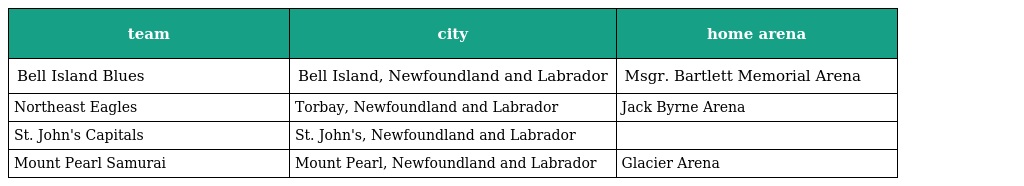
| team | city | home arena |
 | --- | --- | --- |
 | Bell Island Blues | Bell Island, Newfoundland and Labrador | Msgr. Bartlett Memorial Arena |
 | Northeast Eagles | Torbay, Newfoundland and Labrador | Jack Byrne Arena |
 | St. John's Capitals | St. John's, Newfoundland and Labrador |  |
 | Mount Pearl Samurai | Mount Pearl, Newfoundland and Labrador | Glacier Arena |